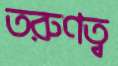
তরুণত্ব